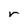
Character: r